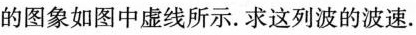
的图象如图中虚线所示。求这列波的波速。